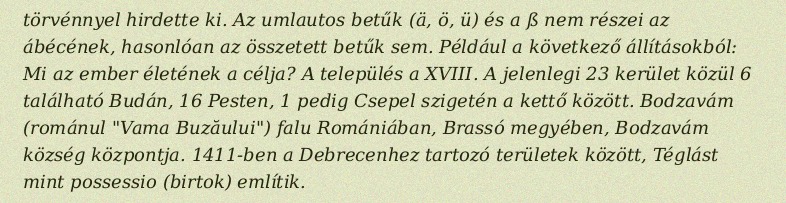
törvénnyel hirdette ki. Az umlautos betűk (ä, ö, ü) és a ß nem részei az ábécének, hasonlóan az összetett betűk sem. Például a következő állításokból: Mi az ember életének a célja? A település a XVIII. A jelenlegi 23 kerület közül 6 található Budán, 16 Pesten, 1 pedig Csepel szigetén a kettő között. Bodzavám (románul "Vama Buzăului") falu Romániában, Brassó megyében, Bodzavám község központja. 1411-ben a Debrecenhez tartozó területek között, Téglást mint possessio (birtok) említik.